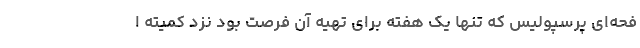
فحه‌ای پرسپولیس که تنها یک هفته برای تهیه آن فرصت بود نزد کمیته ا